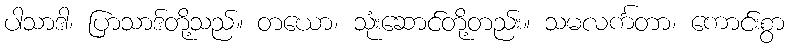
ပါသာဒါ၊ ပြာသာဒ်တို့သည်။ တယော၊ သုံးဆောင်တို့တည်း။ သမလင်္ကတာ၊ ကောင်းစွာ